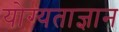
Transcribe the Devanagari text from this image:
योग्यताज्ञान